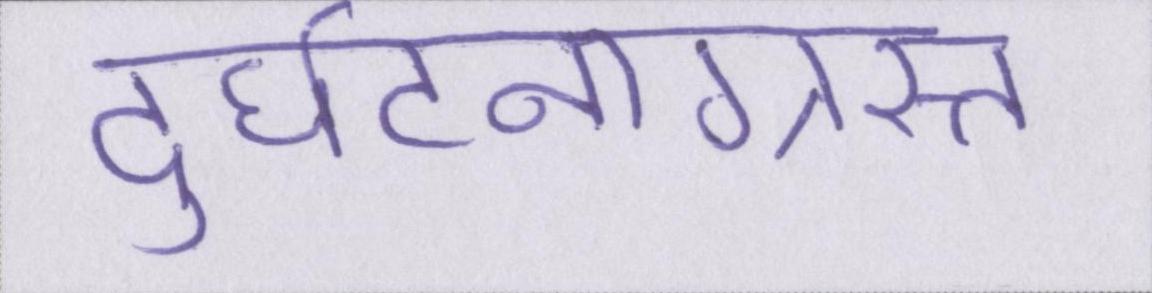
दुर्घटनाग्रस्त